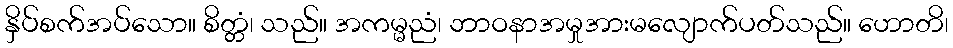
နှိပ်စက်အပ်သော။ စိတ္တံ၊ သည်။ အကမ္မညံ၊ ဘာဝနာအမှုအားမလျောက်ပတ်သည်။ ဟောတိ၊